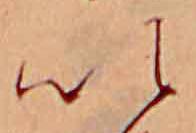
い